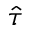
\hat { \tau }